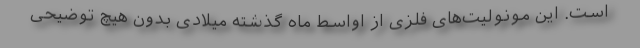
است. این مونولیت‌های فلزی از اواسط ماه گذشته میلادی بدون هیچ توضیحی